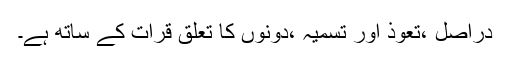
دراصل ،تعوذ اور تسمیہ ،دونوں کا تعلق قرأت کے ساتھ ہے۔